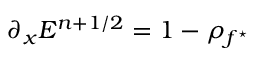
\partial _ { x } E ^ { n + 1 / 2 } = 1 - \rho _ { f ^ { \star } }